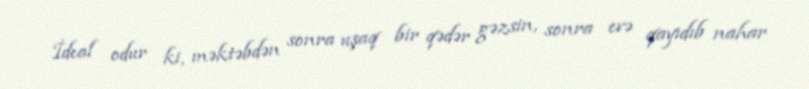
İdeal odur ki, məktəbdən sonra uşaq bir qədər gəzsin, sonra evə qayıdıb nahar